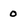
Character: 0